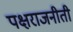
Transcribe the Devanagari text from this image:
पक्षराजनीती